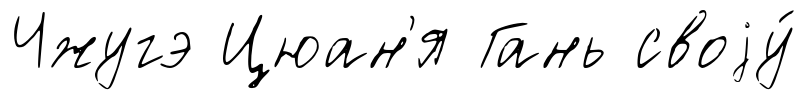
Чжугэ Цюан'я Гань своjу́